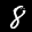
Label: 8